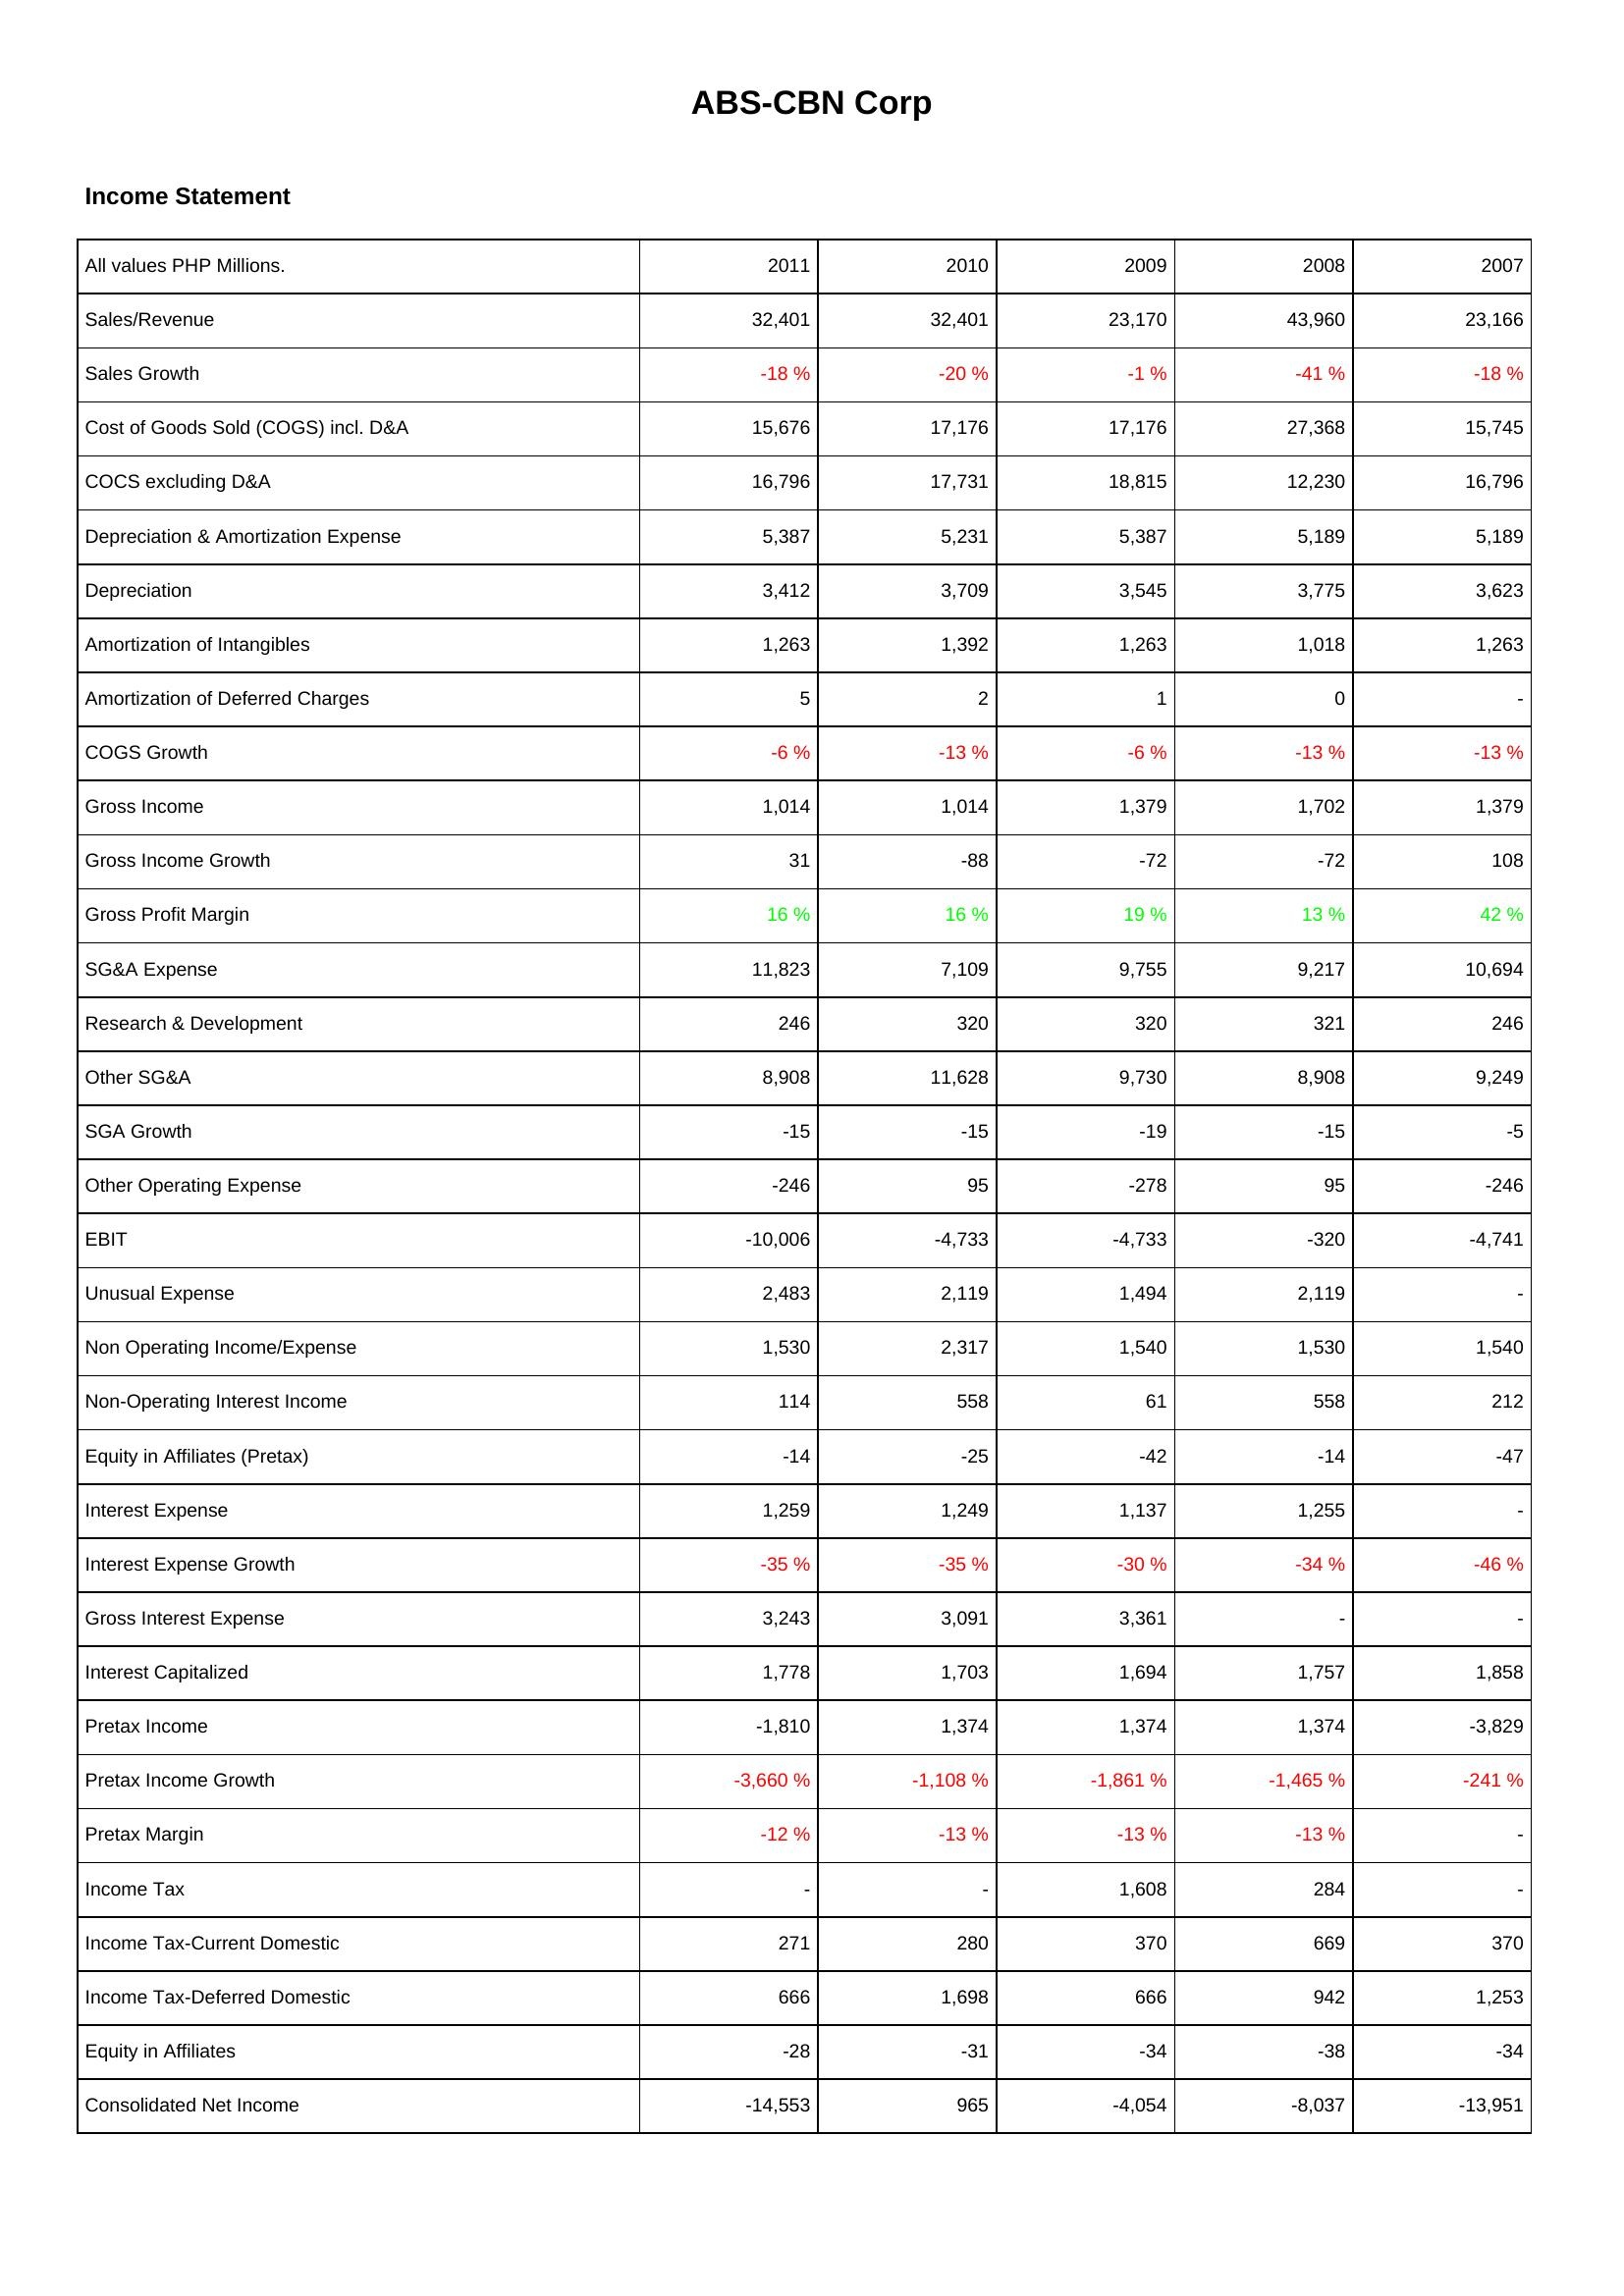
2011: Income Statement: Sales/Revenue: 32,401
Sales Growth: -18 %
Cost of Goods Sold (COGS) incl. D&A: 15,676
COCS excluding D&A: 16,796
Depreciation & Amortization Expense: 5,387
Depreciation: 3,412
Amortization of Intangibles: 1,263
Amortization of Deferred Charges: 5
COGS Growth: -6 %
Gross Income: 1,014
Gross Income Growth: 31
Gross Profit Margin: 16 %
SG&A Expense: 11,823
Research & Development: 246
Other SG&A: 8,908
SGA Growth: -15
Other Operating Expense: -246
EBIT: -10,006
Unusual Expense: 2,483
Non Operating Income/Expense: 1,530
Non-Operating Interest Income: 114
Equity in Affiliates (Pretax): -14
Interest Expense: 1,259
Interest Expense Growth: -35 %
Gross Interest Expense: 3,243
Interest Capitalized: 1,778
Pretax Income: -1,810
Pretax Income Growth: -3,660 %
Pretax Margin: -12 %
Income Tax: -
Income Tax-Current Domestic: 271
Income Tax-Deferred Domestic: 666
Equity in Affiliates: -28
Consolidated Net Income: -14,553
2010: Income Statement: Sales/Revenue: 32,401
Sales Growth: -20 %
Cost of Goods Sold (COGS) incl. D&A: 17,176
COCS excluding D&A: 17,731
Depreciation & Amortization Expense: 5,231
Depreciation: 3,709
Amortization of Intangibles: 1,392
Amortization of Deferred Charges: 2
COGS Growth: -13 %
Gross Income: 1,014
Gross Income Growth: -88
Gross Profit Margin: 16 %
SG&A Expense: 7,109
Research & Development: 320
Other SG&A: 11,628
SGA Growth: -15
Other Operating Expense: 95
EBIT: -4,733
Unusual Expense: 2,119
Non Operating Income/Expense: 2,317
Non-Operating Interest Income: 558
Equity in Affiliates (Pretax): -25
Interest Expense: 1,249
Interest Expense Growth: -35 %
Gross Interest Expense: 3,091
Interest Capitalized: 1,703
Pretax Income: 1,374
Pretax Income Growth: -1,108 %
Pretax Margin: -13 %
Income Tax: -
Income Tax-Current Domestic: 280
Income Tax-Deferred Domestic: 1,698
Equity in Affiliates: -31
Consolidated Net Income: 965
2009: Income Statement: Sales/Revenue: 23,170
Sales Growth: -1 %
Cost of Goods Sold (COGS) incl. D&A: 17,176
COCS excluding D&A: 18,815
Depreciation & Amortization Expense: 5,387
Depreciation: 3,545
Amortization of Intangibles: 1,263
Amortization of Deferred Charges: 1
COGS Growth: -6 %
Gross Income: 1,379
Gross Income Growth: -72
Gross Profit Margin: 19 %
SG&A Expense: 9,755
Research & Development: 320
Other SG&A: 9,730
SGA Growth: -19
Other Operating Expense: -278
EBIT: -4,733
Unusual Expense: 1,494
Non Operating Income/Expense: 1,540
Non-Operating Interest Income: 61
Equity in Affiliates (Pretax): -42
Interest Expense: 1,137
Interest Expense Growth: -30 %
Gross Interest Expense: 3,361
Interest Capitalized: 1,694
Pretax Income: 1,374
Pretax Income Growth: -1,861 %
Pretax Margin: -13 %
Income Tax: 1,608
Income Tax-Current Domestic: 370
Income Tax-Deferred Domestic: 666
Equity in Affiliates: -34
Consolidated Net Income: -4,054
2008: Income Statement: Sales/Revenue: 43,960
Sales Growth: -41 %
Cost of Goods Sold (COGS) incl. D&A: 27,368
COCS excluding D&A: 12,230
Depreciation & Amortization Expense: 5,189
Depreciation: 3,775
Amortization of Intangibles: 1,018
Amortization of Deferred Charges: 0
COGS Growth: -13 %
Gross Income: 1,702
Gross Income Growth: -72
Gross Profit Margin: 13 %
SG&A Expense: 9,217
Research & Development: 321
Other SG&A: 8,908
SGA Growth: -15
Other Operating Expense: 95
EBIT: -320
Unusual Expense: 2,119
Non Operating Income/Expense: 1,530
Non-Operating Interest Income: 558
Equity in Affiliates (Pretax): -14
Interest Expense: 1,255
Interest Expense Growth: -34 %
Gross Interest Expense: -
Interest Capitalized: 1,757
Pretax Income: 1,374
Pretax Income Growth: -1,465 %
Pretax Margin: -13 %
Income Tax: 284
Income Tax-Current Domestic: 669
Income Tax-Deferred Domestic: 942
Equity in Affiliates: -38
Consolidated Net Income: -8,037
2007: Income Statement: Sales/Revenue: 23,166
Sales Growth: -18 %
Cost of Goods Sold (COGS) incl. D&A: 15,745
COCS excluding D&A: 16,796
Depreciation & Amortization Expense: 5,189
Depreciation: 3,623
Amortization of Intangibles: 1,263
Amortization of Deferred Charges: -
COGS Growth: -13 %
Gross Income: 1,379
Gross Income Growth: 108
Gross Profit Margin: 42 %
SG&A Expense: 10,694
Research & Development: 246
Other SG&A: 9,249
SGA Growth: -5
Other Operating Expense: -246
EBIT: -4,741
Unusual Expense: -
Non Operating Income/Expense: 1,540
Non-Operating Interest Income: 212
Equity in Affiliates (Pretax): -47
Interest Expense: -
Interest Expense Growth: -46 %
Gross Interest Expense: -
Interest Capitalized: 1,858
Pretax Income: -3,829
Pretax Income Growth: -241 %
Pretax Margin: -
Income Tax: -
Income Tax-Current Domestic: 370
Income Tax-Deferred Domestic: 1,253
Equity in Affiliates: -34
Consolidated Net Income: -13,951